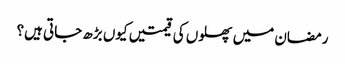
رمضان میں پھلوں کی قیمتیں کیوں بڑھ جاتی ہیں؟